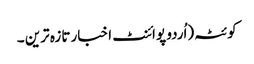
کوئٹہ(اُردو پوائنٹ اخبار تازہ ترین ۔